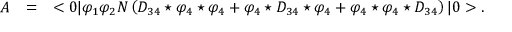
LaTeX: \begin{array} { r c l } { { A } } & { { = } } & { { \displaystyle < 0 | \varphi _ { 1 } \varphi _ { 2 } N \left( D _ { 3 4 } \star \varphi _ { 4 } \star \varphi _ { 4 } + \varphi _ { 4 } \star D _ { 3 4 } \star \varphi _ { 4 } + \varphi _ { 4 } \star \varphi _ { 4 } \star D _ { 3 4 } \right) | 0 > . } } \end{array}